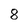
Character: 8